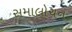
સમાલોચન